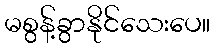
မစွန့်ခွာနိုင်သေးပေ။